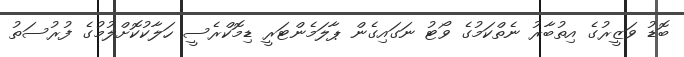
ބޮޑު ވަޒީރުގެ އިތުބާރު ނެތްކަމުގެ ވޯޓު ނަގައިގެން ޕާލަމެންޓަރީ ޑިމޮކްރެސީ ހަލާކުކޮށްލުމުގެ ފުރުސަތު